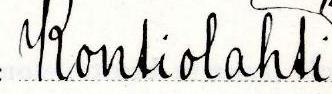
Kontiolahti